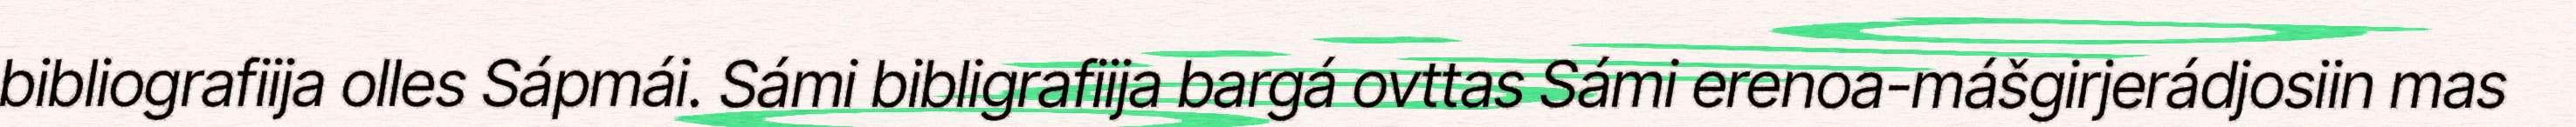
bibliografiija olles Sápmái. Sámi bibligrafiija bargá ovttas Sámi erenoa-mášgirjerádjosiin mas